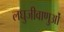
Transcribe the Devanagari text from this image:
लघुजीवाणुओं